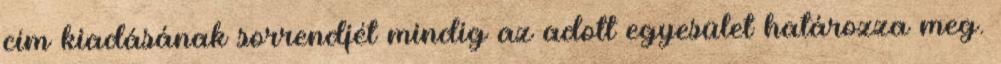
cím kiadásának sorrendjét mindig az adott egyesület határozza meg.